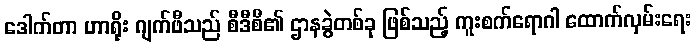
ဒေါက်တာ ဟာရိုး ဂျက်ဖီသည် စီဒီစီ၏ ဌာနခွဲတစ်ခု ဖြစ်သည့် ကူးစက်ရောဂါ ထောက်လှမ်းရေး